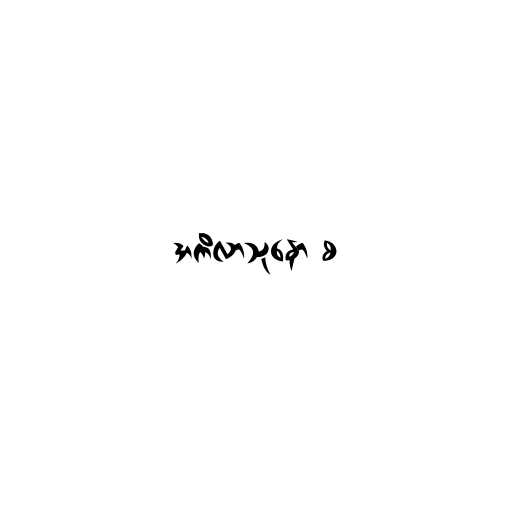
အကိလာသုနော စ